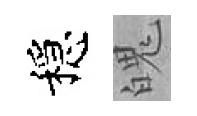
穩魄